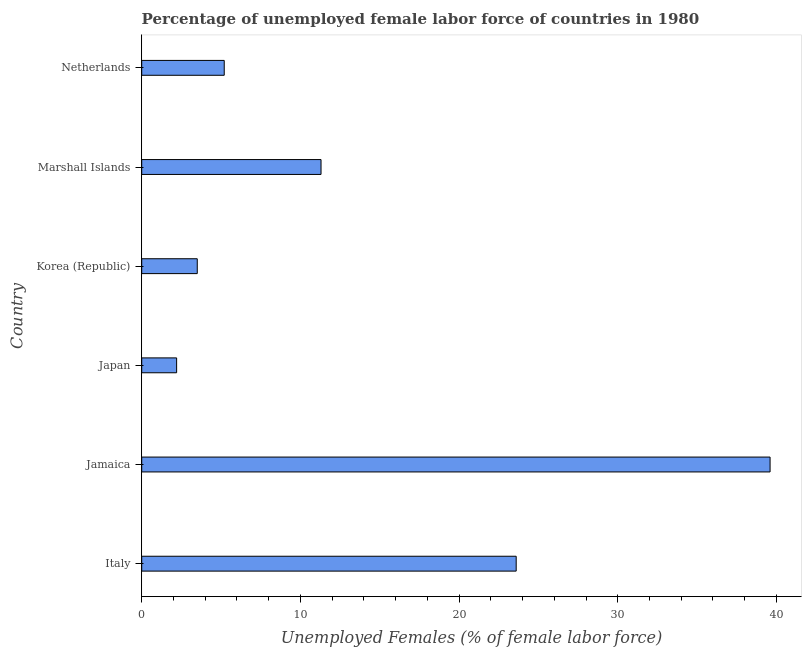
| Country | Unemployment female |
 | --- | --- |
 | Italy | 23.6 |
 | Jamaica | 39.6 |
 | Japan | 2.2 |
 | Korea (Republic) | 3.5 |
 | Marshall Islands | 11.3 |
 | Netherlands | 5.2 |